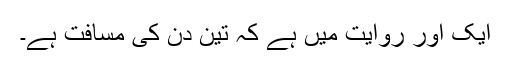
ایک اور روایت میں ہے کہ تین دن کی مسافت ہے۔